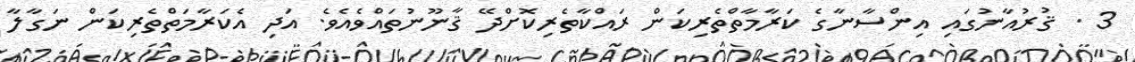
3 . ޤުރުއާނުގައި އިންސާނާގެ ކަރާމާތްތެރިކަން ރައްކާތެރިކޮށްދޭ ޤާނޫނުތައްވެއެވެ. އަދި އެކަރާމަތްތެރިކަން ނަގާލާ